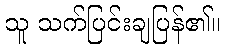
သူ သက်ပြင်းချပြန်၏။